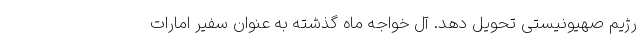
رژیم صهیونیستی تحویل دهد. آل خواجه ماه گذشته به عنوان سفیر امارات